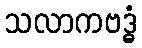
သလာကဗဒ္ဓံ